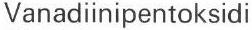
Vanadiinipentoksidi